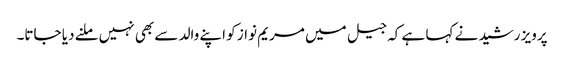
پرویز رشید نے کہا ہے کہ جیل میں مریم نواز کو اپنے والد سے بھی نہیں ملنے دیا جاتا۔